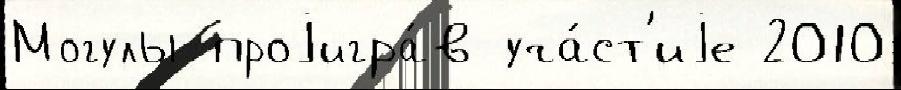
Могулы проjигра́в уча́ст'иjе 2010